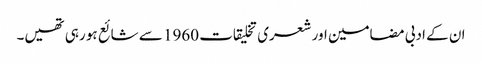
ان کے ادبی مضامین اور شعری تخلیقات 1960 سے شائع ہو رہی تھیں۔